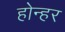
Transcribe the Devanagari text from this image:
होन्हर